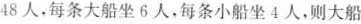
48人，每条大船坐6人，每条小船坐4人，则大船